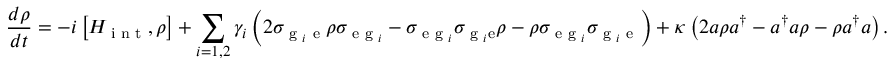
\frac { d \rho } { d t } = - i \left[ H _ { \textrm { i n t } } , \rho \right] + \sum _ { i = 1 , 2 } { \gamma _ { i } \left( 2 \sigma _ { \textrm { g } _ { i } \textrm { e } } \rho \sigma _ { \textrm { e g } _ { i } } - \sigma _ { \textrm { e g } _ { i } } \sigma _ { \textrm { g } _ { i } \mathrm { e } } \rho - \rho \sigma _ { \textrm { e g } _ { i } } \sigma _ { \textrm { g } _ { i } \textrm { e } } \right) } + \kappa \left( 2 a \rho a ^ { \dagger } - a ^ { \dagger } a \rho - \rho a ^ { \dagger } a \right) .